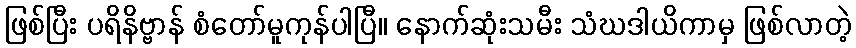
ဖြစ်ပြီး ပရိနိဗ္ဗာန် စံတော်မူကုန်ပါပြီ။ နောက်ဆုံးသမီး သံဃဒါယိကာမှ ဖြစ်လာတဲ့